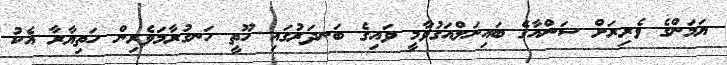
ޔަމަންގެ ވެރިރަށް ސަންއާގެ ބައިނަލްއަގުވާމީ ވައިގެ ބަނދަރުގައި ހޫތީ ހަނގުރާމަވެރިން ހަތިޔާރާ އެކު